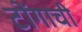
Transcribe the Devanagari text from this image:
टोंगाची